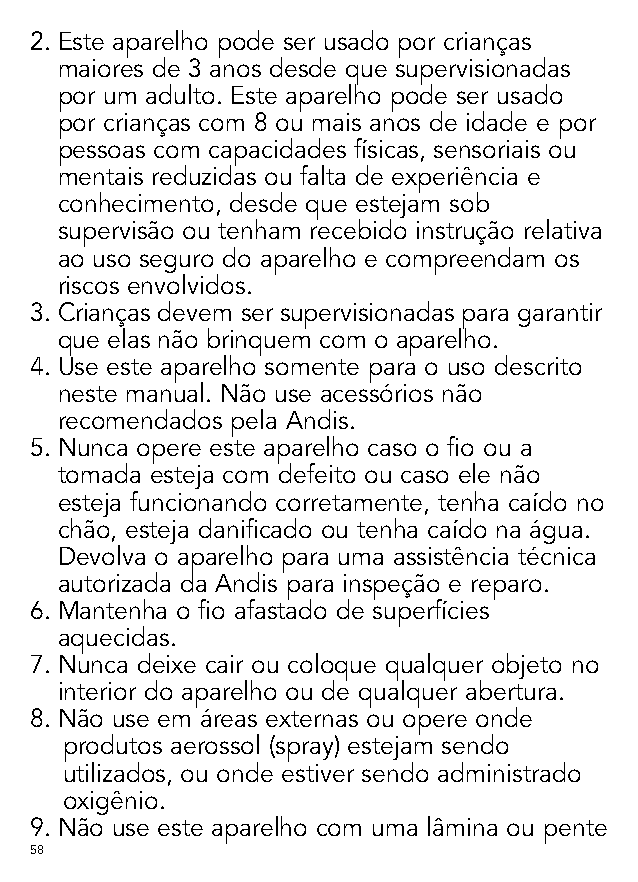
2. Este aparelho pode ser usado por crianças
 maiores de 3 anos desde que supervisionadas
 por um adulto. Este aparelho pode ser usado
 por crianças com 8 ou mais anos de idade e por
 pessoas com capacidades físicas, sensoriais ou
 mentais reduzidas ou falta de experiência e
 conhecimento, desde que estejam sob
 supervisão ou tenham recebido instrução relativa
 ao uso seguro do aparelho e compreendam os
 riscos envolvidos.
 3. Crianças devem ser supervisionadas para garantir
 que elas não brinquem com o aparelho.
 4. Use este aparelho somente para o uso descrito
 neste manual. Não use acessórios não
 recomendados pela Andis.
 5. Nunca opere este aparelho caso o fio ou a
 tomada esteja com defeito ou caso ele não
 esteja funcionando corretamente, tenha caído no
 chão, esteja danificado ou tenha caído na água.
 Devolva o aparelho para uma assistência técnica
 autorizada da Andis para inspeção e reparo.
 6. Mantenha o fio afastado de superfícies
 aquecidas.
 7. Nunca deixe cair ou coloque qualquer objeto no
 interior do aparelho ou de qualquer abertura.
 8. Não use em áreas externas ou opere onde
 produtos aerossol (spray) estejam sendo
 utilizados, ou onde estiver sendo administrado
 oxigênio.
 9. Não use este aparelho com uma lâmina ou pente
 58